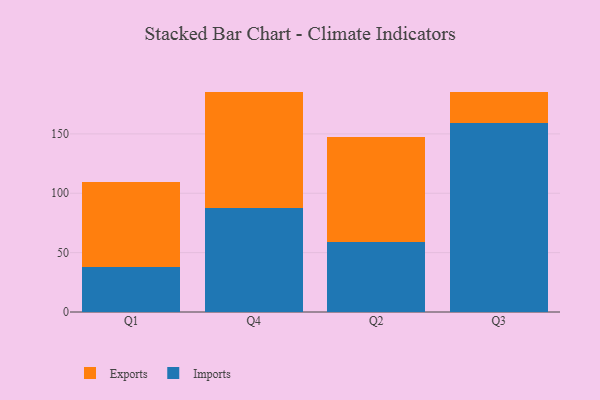
{"axis": {"x": "Quarter", "y": "Energy Usage (MWh)"}, "legend": ["Exports", "Imports"], "data": [{"x": "Q1", "y": 37.7, "type": "Imports"}, {"x": "Q1", "y": 72.1, "type": "Exports"}, {"x": "Q4", "y": 87.6, "type": "Imports"}, {"x": "Q4", "y": 97.9, "type": "Exports"}, {"x": "Q2", "y": 58.7, "type": "Imports"}, {"x": "Q2", "y": 88.6, "type": "Exports"}, {"x": "Q3", "y": 158.8, "type": "Imports"}, {"x": "Q3", "y": 26.8, "type": "Exports"}]}